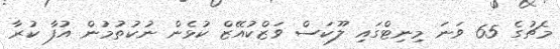
މެޗުގެ 65 ވަނަ މިނިޓްގައި ލޫކަސް ވަޒްކުއޭޒް ކުޅެން ނުކުތުމުން އުފާ ކުރާ